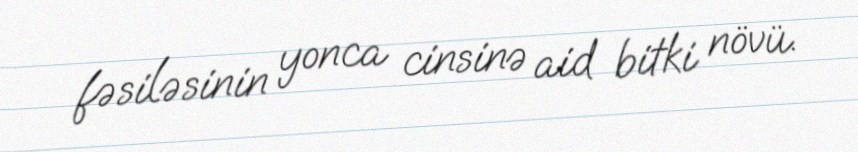
fəsiləsinin yonca cinsinə aid bitki növü.